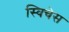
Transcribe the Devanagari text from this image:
स्विचेस